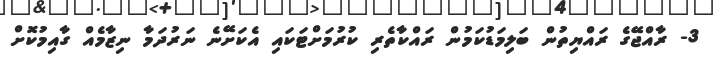
3- ރާއްޖޭގެ ރައްޔިތުން ބަލިމަޑުކަމުން ރައްކާތެރި ކުރުމަށްޓަކައި އެކަށޭނެ ނަރުދަމާ ނިޒާމެއް ގާއިމުކޮށް